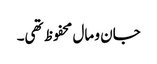
جان و مال محفوظ تھی۔